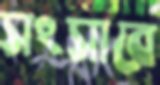
সংসারে